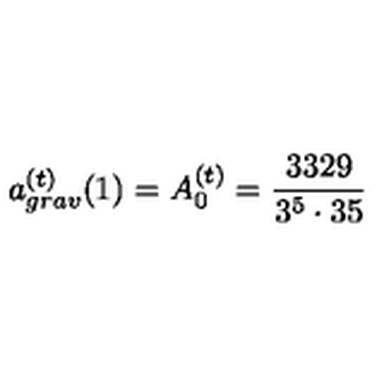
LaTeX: a _ { g r a v } ^ { ( t ) } ( 1 ) = A _ { 0 } ^ { ( t ) } = \frac { 3 3 2 9 } { 3 ^ { 5 } \cdot 3 5 }